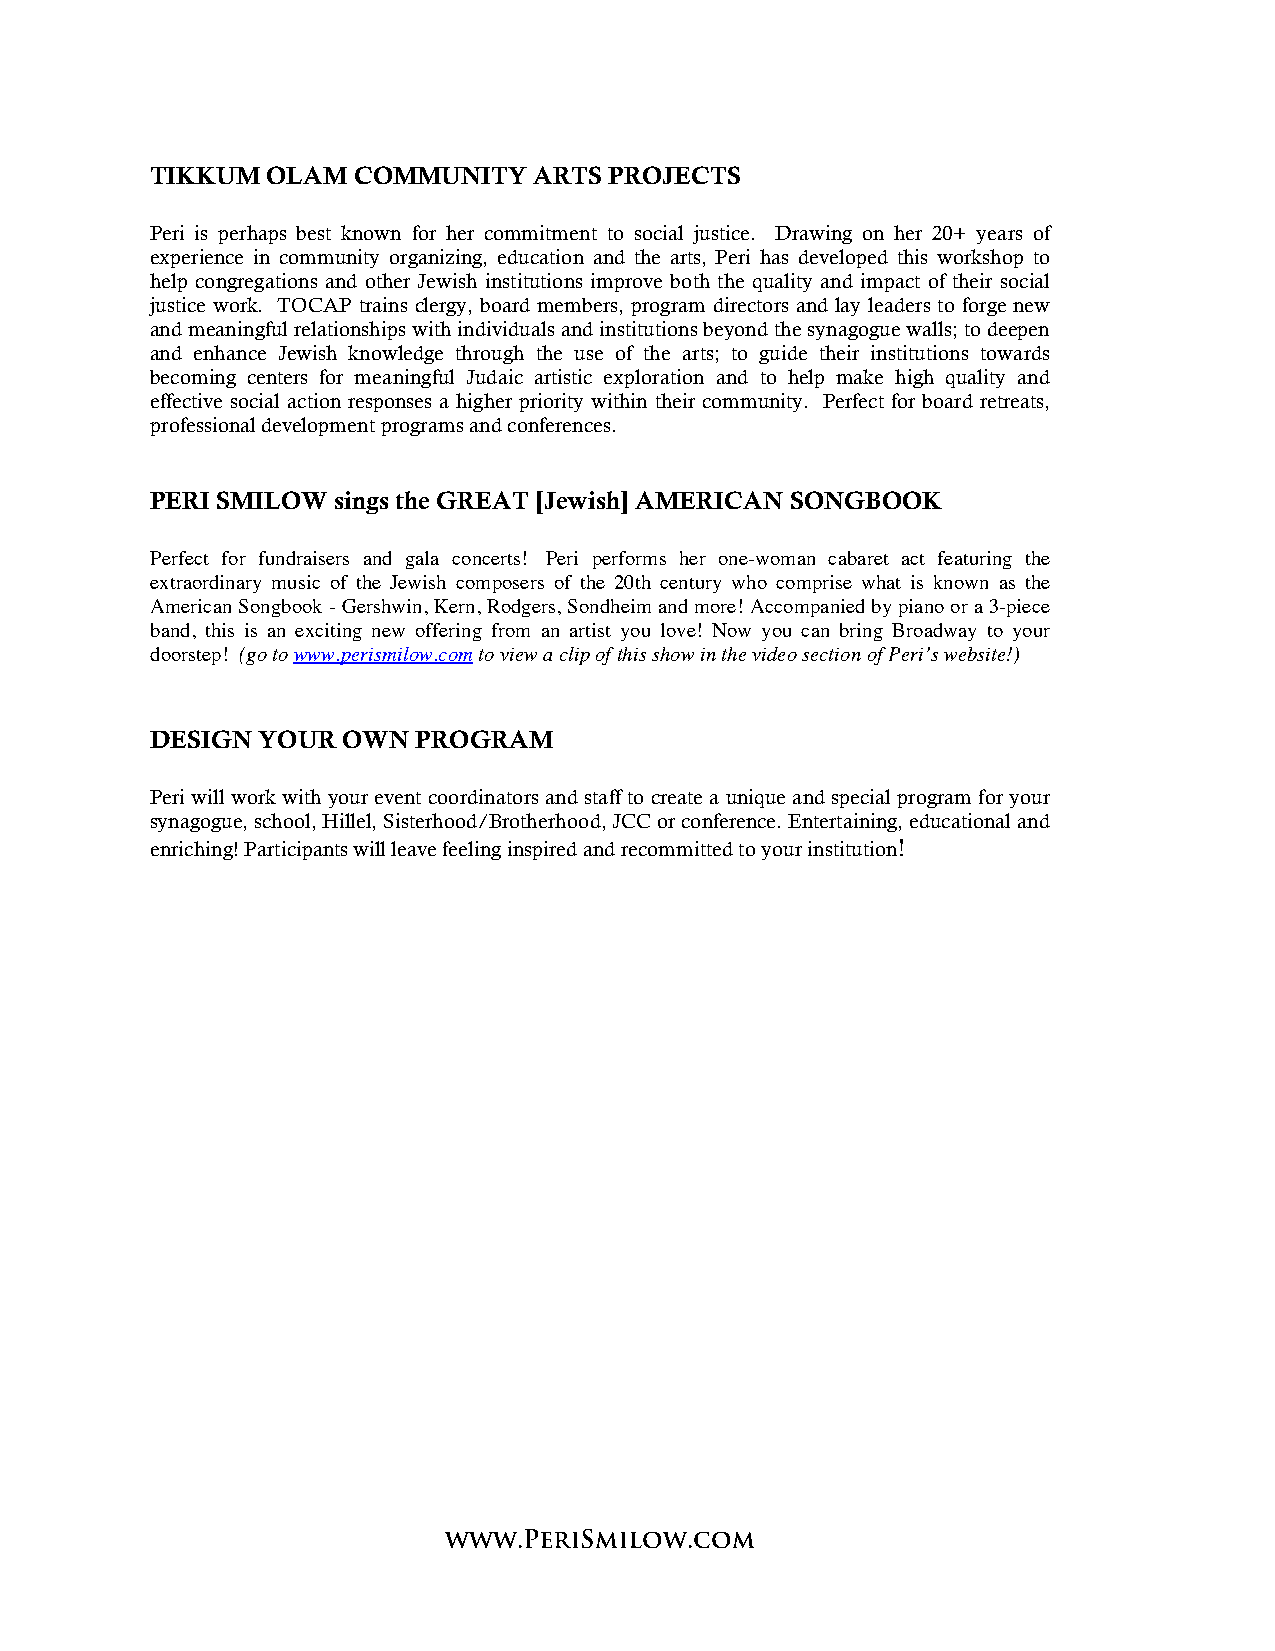
TIKKUM  OLAM COMMUNITY   ARTS PROJECTS
 Peri is perhaps best known for her commitment to social justice. Drawing on her 20+ years of
 experience in community organizing, education and the arts, Peri has developed this workshop to
 help congregations and other Jewish institutions improve both the quality and impact of their social
 justice work. TOCAP trains clergy, board members, program directors and lay leaders to forge new
 and meaningful relationships with individuals and institutions beyond the synagogue walls; to deepen
 and enhance Jewish knowledge through the use of the arts; to guide their institutions towards
 becoming centers for meaningful Judaic artistic exploration and to help make high quality and
 effective social action responses a higher priority within their community. Perfect for board retreats,
 professional development programs and conferences.
 PERI SMILOW sings the GREAT [Jewish] AMERICAN SONGBOOK
 Perfect for fundraisers and gala concerts! Peri performs her one-woman cabaret act featuring the
 extraordinary music of the Jewish composers of the 20th century who comprise what is known as the
 American Songbook - Gershwin, Kern, Rodgers, Sondheim and more! Accompanied by piano or a 3-piece
 band, this is an exciting new offering from an artist you love! Now you can bring Broadway to your
 doorstep! (go to www.perismilow.com to view a clip of this show in the video section of Peri’s website!)
 DESIGN YOUR  OWN  PROGRAM
 Peri will work with your event coordinators and staff to create a unique and special program for your
 synagogue, school, Hillel, Sisterhood/Brotherhood, JCC or conference. Entertaining, educational and
 enriching! Participants will leave feeling inspired and recommitted to your institution!
 www.PeriSmilow.com